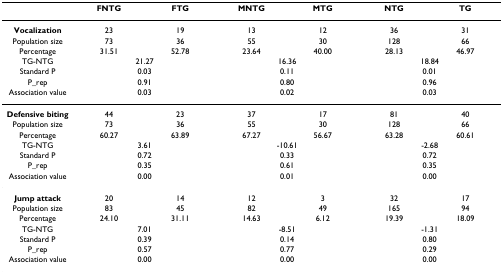
<table><thead><tr><td></td><td><b>FNTG</b></td><td><b>FTG</b></td><td><b>MNTG</b></td><td><b>MTG</b></td><td><b>NTG</b></td><td><b>TG</b></td></tr></thead><tbody><tr><td><b>Vocalization</b></td><td>23</td><td>19</td><td>13</td><td>12</td><td>36</td><td>31</td></tr><tr><td>Population size</td><td>73</td><td>36</td><td>55</td><td>30</td><td>128</td><td>66</td></tr><tr><td>Percentage</td><td>31.51</td><td>52.78</td><td>23.64</td><td>40.00</td><td>28.13</td><td>46.97</td></tr><tr><td>TG-NTG</td><td colspan="2">21.27</td><td colspan="2">16.36</td><td colspan="2">18.84</td></tr><tr><td>Standard P</td><td colspan="2">0.03</td><td colspan="2">0.11</td><td colspan="2">0.01</td></tr><tr><td>P_rep</td><td colspan="2">0.91</td><td colspan="2">0.80</td><td colspan="2">0.96</td></tr><tr><td>Association value</td><td colspan="2">0.03</td><td colspan="2">0.02</td><td colspan="2">0.03</td></tr><tr><td><b>Defensive biting</b></td><td>44</td><td>23</td><td>37</td><td>17</td><td>81</td><td>40</td></tr><tr><td>Population size</td><td>73</td><td>36</td><td>55</td><td>30</td><td>128</td><td>66</td></tr><tr><td>Percentage</td><td>60.27</td><td>63.89</td><td>67.27</td><td>56.67</td><td>63.28</td><td>60.61</td></tr><tr><td>TG-NTG</td><td colspan="2">3.61</td><td colspan="2">-10.61</td><td colspan="2">-2.68</td></tr><tr><td>Standard P</td><td colspan="2">0.72</td><td colspan="2">0.33</td><td colspan="2">0.72</td></tr><tr><td>P_rep</td><td colspan="2">0.35</td><td colspan="2">0.61</td><td colspan="2">0.35</td></tr><tr><td>Association value</td><td colspan="2">0.00</td><td colspan="2">0.01</td><td colspan="2">0.00</td></tr><tr><td><b>Jump attack</b></td><td>20</td><td>14</td><td>12</td><td>3</td><td>32</td><td>17</td></tr><tr><td>Population size</td><td>83</td><td>45</td><td>82</td><td>49</td><td>165</td><td>94</td></tr><tr><td>Percentage</td><td>24.10</td><td>31.11</td><td>14.63</td><td>6.12</td><td>19.39</td><td>18.09</td></tr><tr><td>TG-NTG</td><td colspan="2">7.01</td><td colspan="2">-8.51</td><td colspan="2">-1.31</td></tr><tr><td>Standard P</td><td colspan="2">0.39</td><td colspan="2">0.14</td><td colspan="2">0.80</td></tr><tr><td>P_rep</td><td colspan="2">0.57</td><td colspan="2">0.77</td><td colspan="2">0.29</td></tr><tr><td>Association value</td><td colspan="2">0.00</td><td colspan="2">0.00</td><td colspan="2">0.00</td></tr></tbody></table>